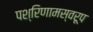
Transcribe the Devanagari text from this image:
पश्रिणामस्वरूप